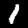
Digit: 1